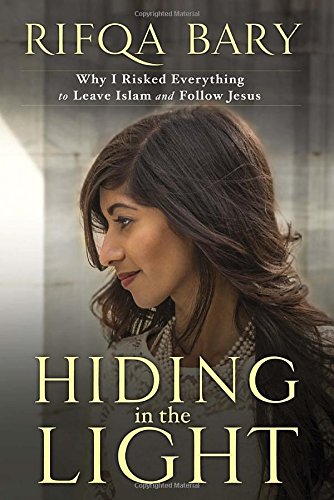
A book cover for Hiding in the Light: Why I Risked Everything to Leave Islam and Follow Jesus; Rifqa Bary; Biographies & Memoirs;